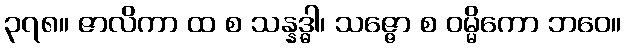
၃၇၈။ ဇာလိကာ ထ စ သန္နဒ္ဓါ၊ သဇ္ဇော စ ဝမ္မိကော ဘဝေ။